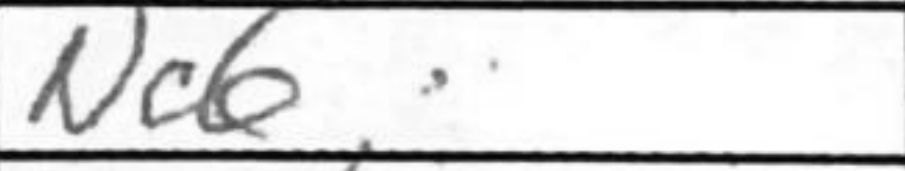
Transcription: Nc6